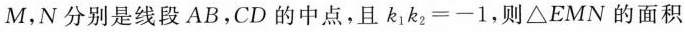
M，N分别是线段AB，CD的中点，且$$k _ { 1 } k _ { 2 } = - 1$$，则△EMN的面积